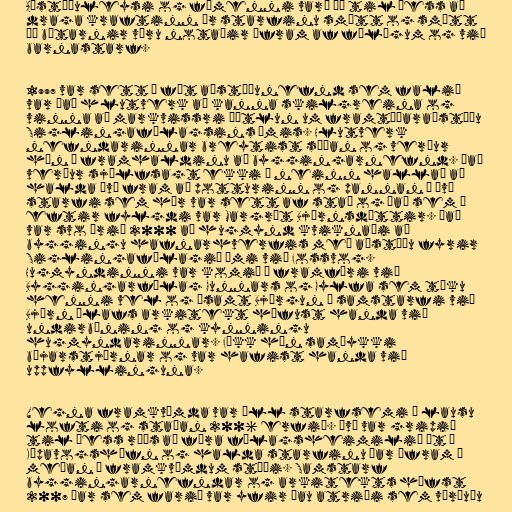
Aðstöðuleysi og fámenni varð þó til þess að
draga kraftinn úr starfinu smátt og smátt
þó bátarnir væru notaðir áfram af félögum og við
barnastarf.

1997 var sett á fót aðstöðunefnd sem falið
var það hlutverk að kanna skilgreina og
vinna að markvissri áætlun um framtíðaraðstöðu
Siglingafélagsins Ýmis. Hlutverk
nefndarinnar breytist síðan og verður
hún í framhaldinu að byggingarnefnd. Það
verður sjálfsagt ekki á neinn hallað að
halda því fram að potturinn og pannan í því
starfi sem hér var sett af stað og það sem á
eftir fylgdi var Margrét Björnsdóttir. Það
var svo árið 2000 að hugmynd kviknaði að
byggingu hafnarhverfis með aðstöðu fyrir
Siglingafélagið Ými við Fossvog.
Hugmyndinni var komið á framfæri við
Byggingarfélag Gunnars og Gylfa sem tóku
henni vel og ásamt Björgun í samstarfi við
Björn Ólafs arkitekt hófust handa við
undirbúning og kynningu
hugmyndarinnar. Fékk hún samþykki
bæjarstjórnar og var hafist handa við
uppfyllinguna.

Vegna framkvæmda var öll starfsemi í lausu
lofti og staðan 2006 erfið. Því var gripið
til þess ráðs að færa félagsheimilið út í
Kópavogshöfn og halda starfinu þar áfram á
meðan á framkvæmdum stæði. Samstarf
byggingarnefndar og arkitekts hófst
2007 þar sem farið var yfir þau atriði sem vörðuðu